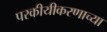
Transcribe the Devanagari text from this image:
परकीयीकरणाच्या